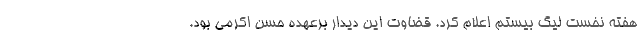
هفته نخست لیگ بیستم اعلام کرد. قضاوت این دیدار برعهده حسن اکرمی بود.